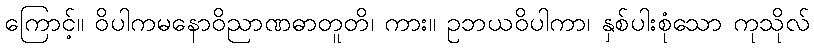
ကြောင့်။ ဝိပါကမနောဝိညာဏဓာတူတိ၊ ကား။ ဥဘယဝိပါကာ၊ နှစ်ပါးစုံသော ကုသိုလ်